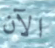
الآن